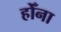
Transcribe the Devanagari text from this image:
होँना